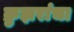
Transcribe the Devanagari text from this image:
क्रुझरांचा